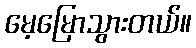
မေ့မြောသွားတယ်။